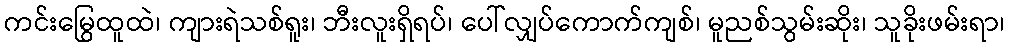
ကင်းမြွေထူထဲ၊ ကျားရဲသစ်ရူး၊ ဘီးလူးရှိရပ်၊ ပေါ်လျှပ်ကောက်ကျစ်၊ မူညစ်သွမ်းဆိုး၊ သူခိုးဖမ်းရာ၊